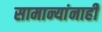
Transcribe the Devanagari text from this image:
सामान्यांनाही